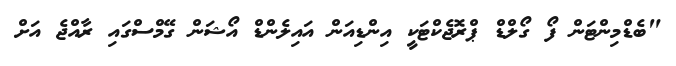
"ބެޑްމިންޓަން ފޯ ގޯލްޑް ޕްރޮޖެކްޓަކީ އިންޑިއަން އައިލެންޑް އޯޝަން ގޭމްސްގައި ރާއްޖެ އަށް